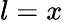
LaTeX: l=x